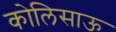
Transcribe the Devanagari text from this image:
कोलिसाऊ